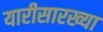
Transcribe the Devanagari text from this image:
यारीसारख्या